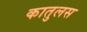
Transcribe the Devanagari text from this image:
कातुलस